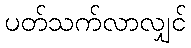
ပတ်သက်လာလျှင်